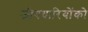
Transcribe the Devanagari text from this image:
जीवधारियोंको